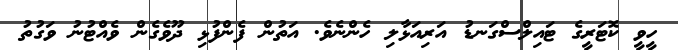
ހީވީ ކޮޓަރީގެ ޓައިލްސްގަނޑު އަރިއަޅާލި ހެންނެވެ. އަތުން ފެންފުޅި ދޫވެގެން ވެއްޓުނު ވަގުތު